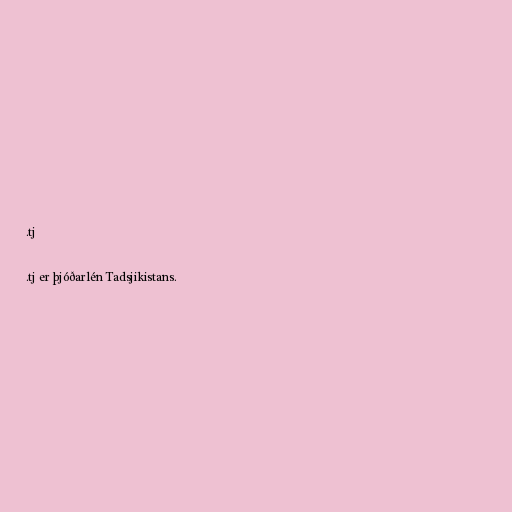
.tj

.tj er þjóðarlén Tadsjikistans.